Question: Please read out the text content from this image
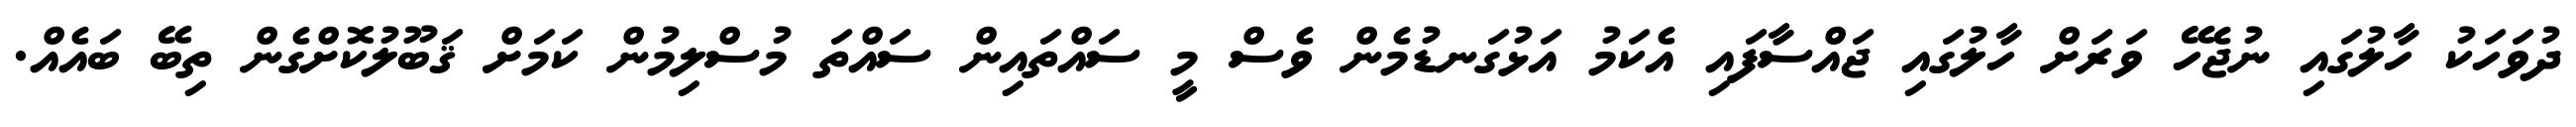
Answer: ދުވަހަކު ހާލުގައި ނުޖެހޭ ވަރަށް ހާލުގައި ޖައްސާފައި އެކަމު އަޅުގަނޑުމެން ވެސް މީ ސައްތައިން ސައްތަ މުސްލިމުން ކަމަށް ޤަބޫލުކޮށްގެން ތިބޭ ބައެއް.